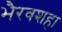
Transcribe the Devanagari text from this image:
भैरवशहा